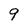
Character: 9